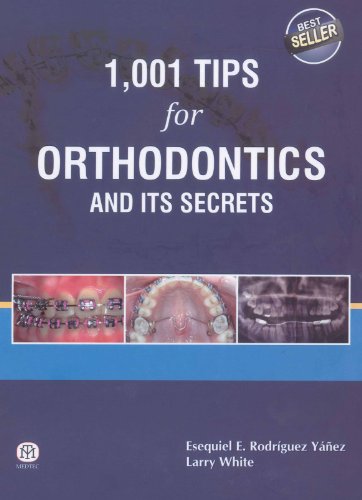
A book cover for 1,001 Tips for Orthodontics and its Secrets; Esequiel E. Rodriguez Yanez; Medical Books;